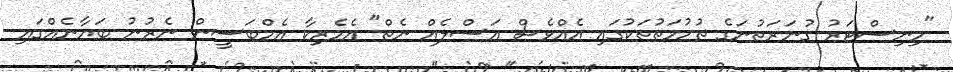
"މިނިސްޓަރު ގުނަރަތުނަގެ ތުހުމަތުތަކުގައި އެއްވެސް އަސްލެއް ނެތް" އެމެރިކާ އެމްބަސީން ނެރުނު ބަޔާނެއްގައި